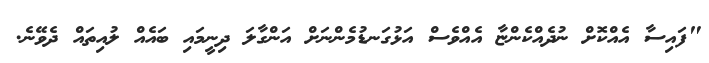
"ފައިސާ އެއްކޮށް ނުދެއްކެންޏާ އެއްވެސް އަޅުގަނޑުމެންނަށް އަންގާލަ ދިނީމައި ބައެއް ލުއިތައް ދެވޭނެ.